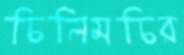
চিলিমচির